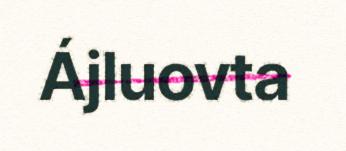
Ájluovta